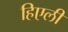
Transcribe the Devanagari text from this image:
हिएली